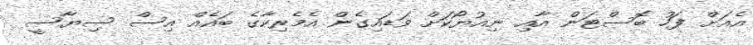
އެއަށް ފަހު ބޮސްޓަން އާއި ނިއުޔޯކަށް ވަޑައިގެން އެމެރިކާގެ ބައެއް އިސް ސިޔާސީ